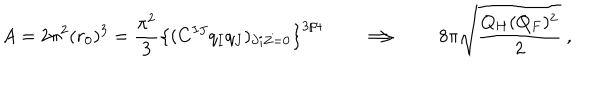
LaTeX: A = 2 \pi ^ { 2 } ( r _ { 0 } ) ^ { 3 } = { \frac { \pi ^ { 2 } } { 3 } } \left\{ ( C ^ { I J } q _ { I } q _ { J } ) _ { \partial i Z = 0 } \right\} ^ { 3 / 4 } \qquad \Longrightarrow \qquad 8 \pi \sqrt { \frac { Q _ { H } ( Q _ { F } ) ^ { 2 } } { 2 } } \ ,